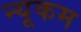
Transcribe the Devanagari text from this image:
न्यूकम